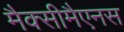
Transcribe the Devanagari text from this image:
मैक्सीमैएनस